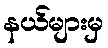
နယ်များမှ